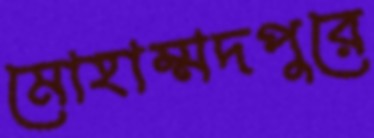
মোহাম্মদপুরে